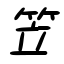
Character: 笠